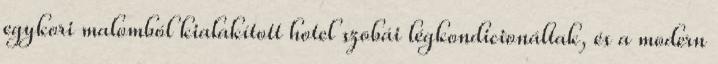
egykori malomból kialakított hotel szobái légkondicionáltak, és a modern